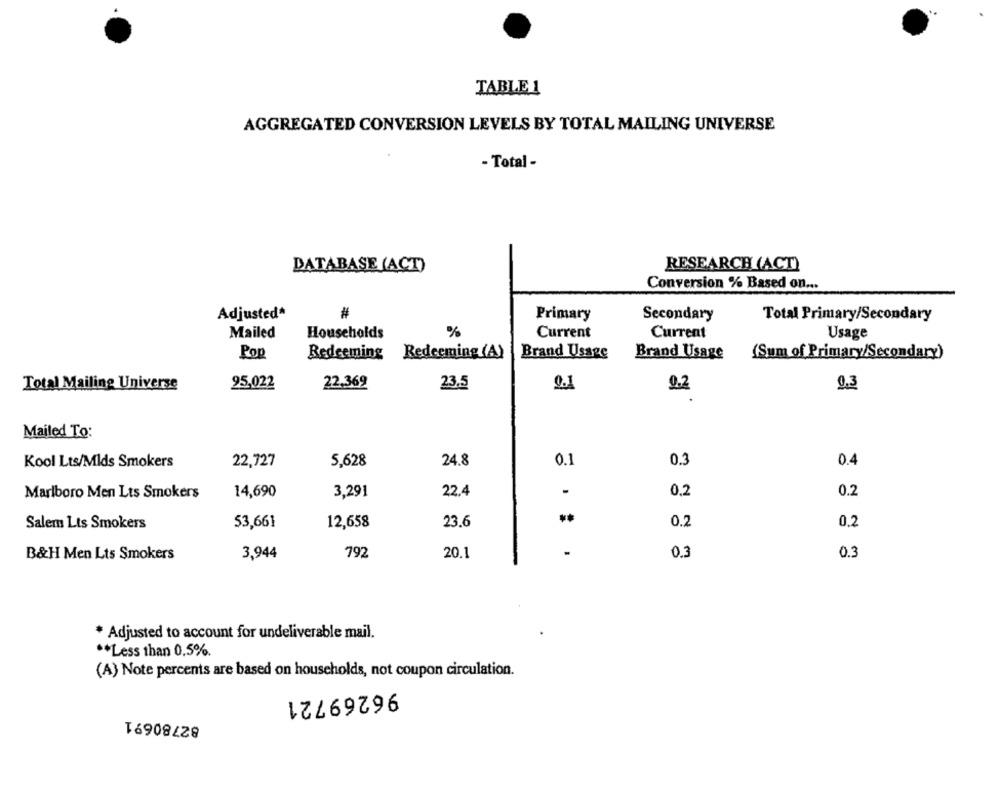
TABLE 1
AGGREGATED CONVERSION LEVELS BY TOTAL MAILING UNIVERSE
- Total -
DATABASE (ACT)
RESEARCH (ACT)
Conversion % Based on ...
Adjusted*
#
Primary
Secondary
Total Primary/Secondary
%
Mailed
Households
Current
Current
Usage
Pop
Redeeming Redeeming (A)
Brand Usage
Brand Usage
(Sum of Primary/Secondary)
Total Mailing Universe
95,022
22,369
23.5
0.2
0.3
Mailed To:
Kool Lts/Mlds Smokers
22,727
5,628
24.8
0.1
0.3
0.4
Marlboro Men Lts Smokers
14,690
3,291
22.4
0,2
0.2
23.6
0.2
Salem Lts Smokers
53,661
12,658
0.2
3,944
792
20.1
0.3
0.3
B&H Men Lts Smokers
* Adjusted to account for undeliverable mail.
** Less than 0,5%.
(A) Note percents are based on households, not coupon circulation.
96269721
82780691